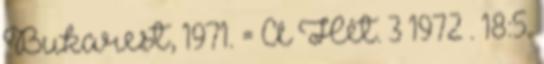
Bukarest, 1971. = A Hét. 3 1972 . 18:5.